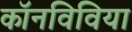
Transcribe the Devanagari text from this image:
कॉनविविया